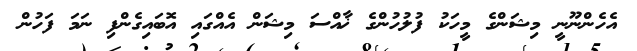
އެހެންނޫނީ މިޝަންގެ މީހަކު ފުލުހުންގެ ޚާއްސަ މިޝަން އެއްގައި އޮބައިގެންފި ނަމަ ފަހުން